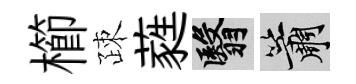
櫛疎蕤翳簫